Report on vaccination North-West Frontier Province 1904-1922 - 1904-1922
Year: 1904
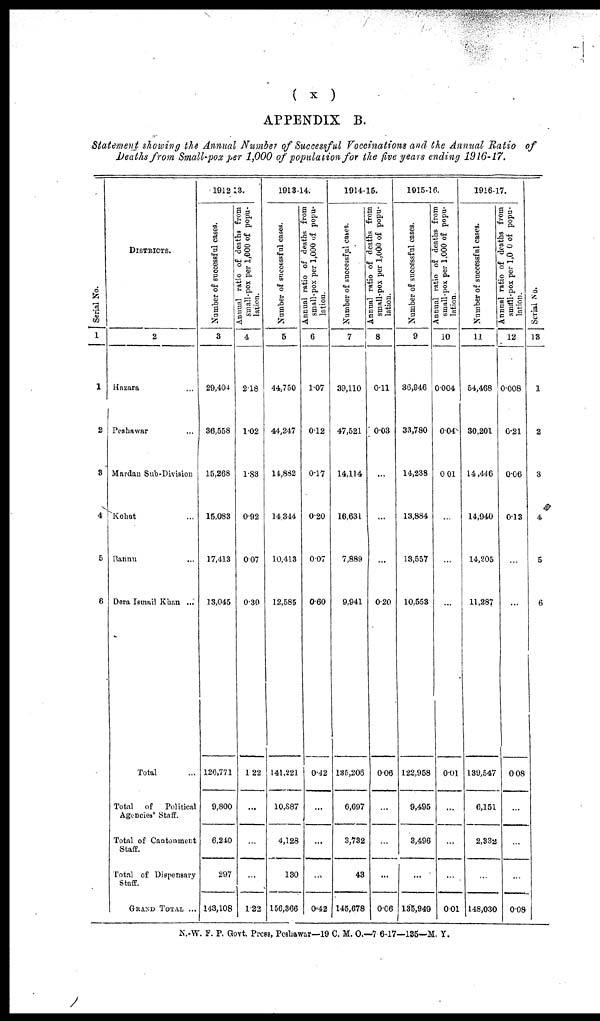
( x )
APPENDIX B.
Statement showing the Annual Number of Successful Vaccinations and the Annual Ratio of
Deaths from Small-pox per 1,000 of population for the five years ending 1916-17.
Serial No.
1
1
2
3
4
5
6
DISTRICTS.
2
Hazara ...
Peshawar ...
Mardan Sub-Division
Kohat ...
Bannu ...
Dera Ismail Khan ...
Total ...
Total of
Political
Agencies' Staff.
Total of Cantonment
Staff.
Total of Dispensary
Staff.
GRAND TOTAL ...
1912-13.
Number of successful cases.
3
29,404
36,558
15,268
15,083
17,413
13,045
120,771
9,800
6,240
297
143,108
Annual ratio of deaths from
small-pox per 1,000 of popu-
lation.
4
2.18
1.02
1.83
0.92
0.07
0.30
1.22
...
...
...
1.22
1913-14.
Number of successful cases.
5
44,750
44,247
14,882
14,344
10,413
12,585
141,221
10,887
4,128
130
156,366
Annual ratio of deaths from
small-pox per 1,000 of popu-
lation.
6
1.07
0.12
0.17
0.20
0.07
0.60
0.42
...
...
...
0.42
1914-15.
Number of successful cases.
7
39,110
47,521
14,114
16,631
7,889
9,941
135,206
6,697
3,732
43
145,678
Annual ratio of deaths from
small-pox per 1,000 of popu-
lation.
8
0.11
0.03
...
...
...
0.20
0.06
...
...
...
0.06
1915-16.
Number of successful cases.
9
36,946
33,780
14,238
13,884
13,557
10,553
122,958
9,495
3,496
...
135,949
Annual ratio of deaths from
small-pox per 1,000 of popu-
lation.
10
0.004
0.04
0.01
...
...
...
0.01
...
...
...
0.01
1916-17.
Number of successful cases.
11
54,468
30,201
14,446
14,940
14,205
11,287
139,547
6,151
2,332
...
148,030
Annual ratio of deaths from
small-pox per 1,000 of popu-
lation.
12
0.008
0.21
0.06
0.13
...
...
0.08
...
...
...
0.08
Serial No.
13
1
2
3
4
5
6
N.-W. F. P. Govt. Press, Peshawar—19 C. M. O.—7-6-17—135—M. Y.